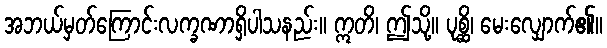
အဘယ်မှတ်ကြောင်းလက္ခဏာရှိပါသနည်း။ ဣတိ၊ ဤသို့။ ပုစ္ဆိ၊ မေးလျှောက်၏။